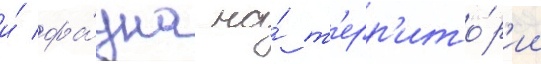
и́ фа́уна на́ т'ерр'ито́р'ии